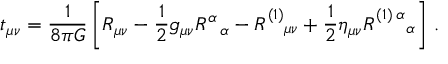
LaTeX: t _ { \mu \nu } = \frac { 1 } { 8 \pi { \cal G } } \left[ R _ { \mu \nu } - \frac { 1 } { 2 } g _ { \mu \nu } R _ { \; \; \; \alpha } ^ { \alpha } - R _ { \; \; \; \; \mu \nu } ^ { ( 1 ) } + \frac { 1 } { 2 } \eta _ { \mu \nu } R _ { \; \; \; \; \; \; \; \alpha } ^ { ( 1 ) \, \alpha } \right] \, .